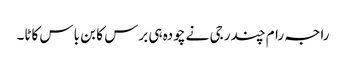
راجہ رام چندر جی نے چودہ ہی برس کا بن باس کاٹا۔